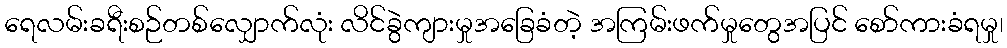
ရေလမ်းခရီးစဉ်တစ်လျှောက်လုံး လိင်ခွဲကျားမှုအခြေခံတဲ့ အကြမ်းဖက်မှုတွေအပြင် စော်ကားခံရမှု၊